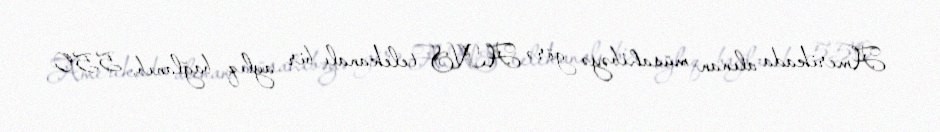
Amerikada alınan müsahibəyə görə ANS telekanalı bir aylıq bağlanıb, 550